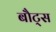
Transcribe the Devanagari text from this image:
बौट्स